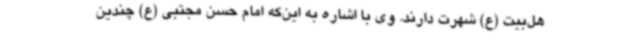
هل‌بیت (ع) شهرت دارند. وی با اشاره به این‌که امام حسن مجتبی (ع) چندین